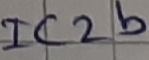
Text: IC2b